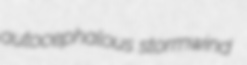
autocephalous stormwind